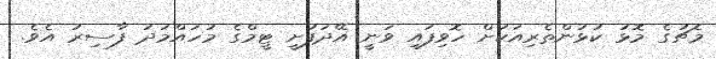
މެޗުގެ މޮޅު ކުޅުންތެރިއަކަށް ހޮވިފައި ވަނީ އޭދަފުށީ ޓީމްގެ މުހައްމަދު ފާސިރު އެވެ.